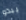
يبدو